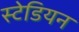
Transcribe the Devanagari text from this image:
स्टेडियन